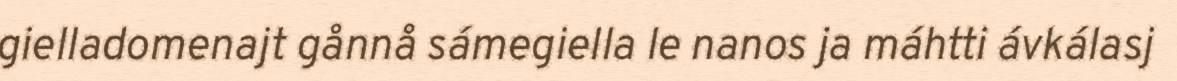
gielladomenajt gånnå sámegiella le nanos ja máhtti ávkálasj